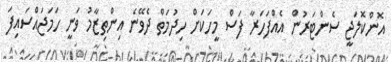
އޮންކޮލަޖީ ސެންޓަރުން އެއްފަހަރާ ފަސް މީހަކަށް ހިދުމަތް ދެވޭނެ އިންތިޒާމު ވަނީ ހަމަޖައްސައިފަ